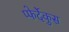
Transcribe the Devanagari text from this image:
प्फेर्देकुस